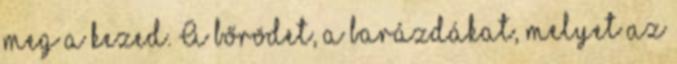
meg a kezed. A bőrödet, a barázdákat, melyet az